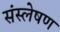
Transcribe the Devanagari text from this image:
संस्लेषण